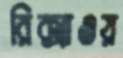
রিক্সাওয়